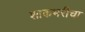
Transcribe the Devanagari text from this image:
शाकंभरीचा